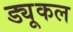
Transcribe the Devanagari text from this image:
ड्यूकल